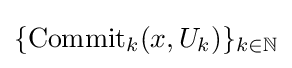
\{{\text{Commit}}_{k}(x,U_{k})\}_{k\in \mathbb {N} }